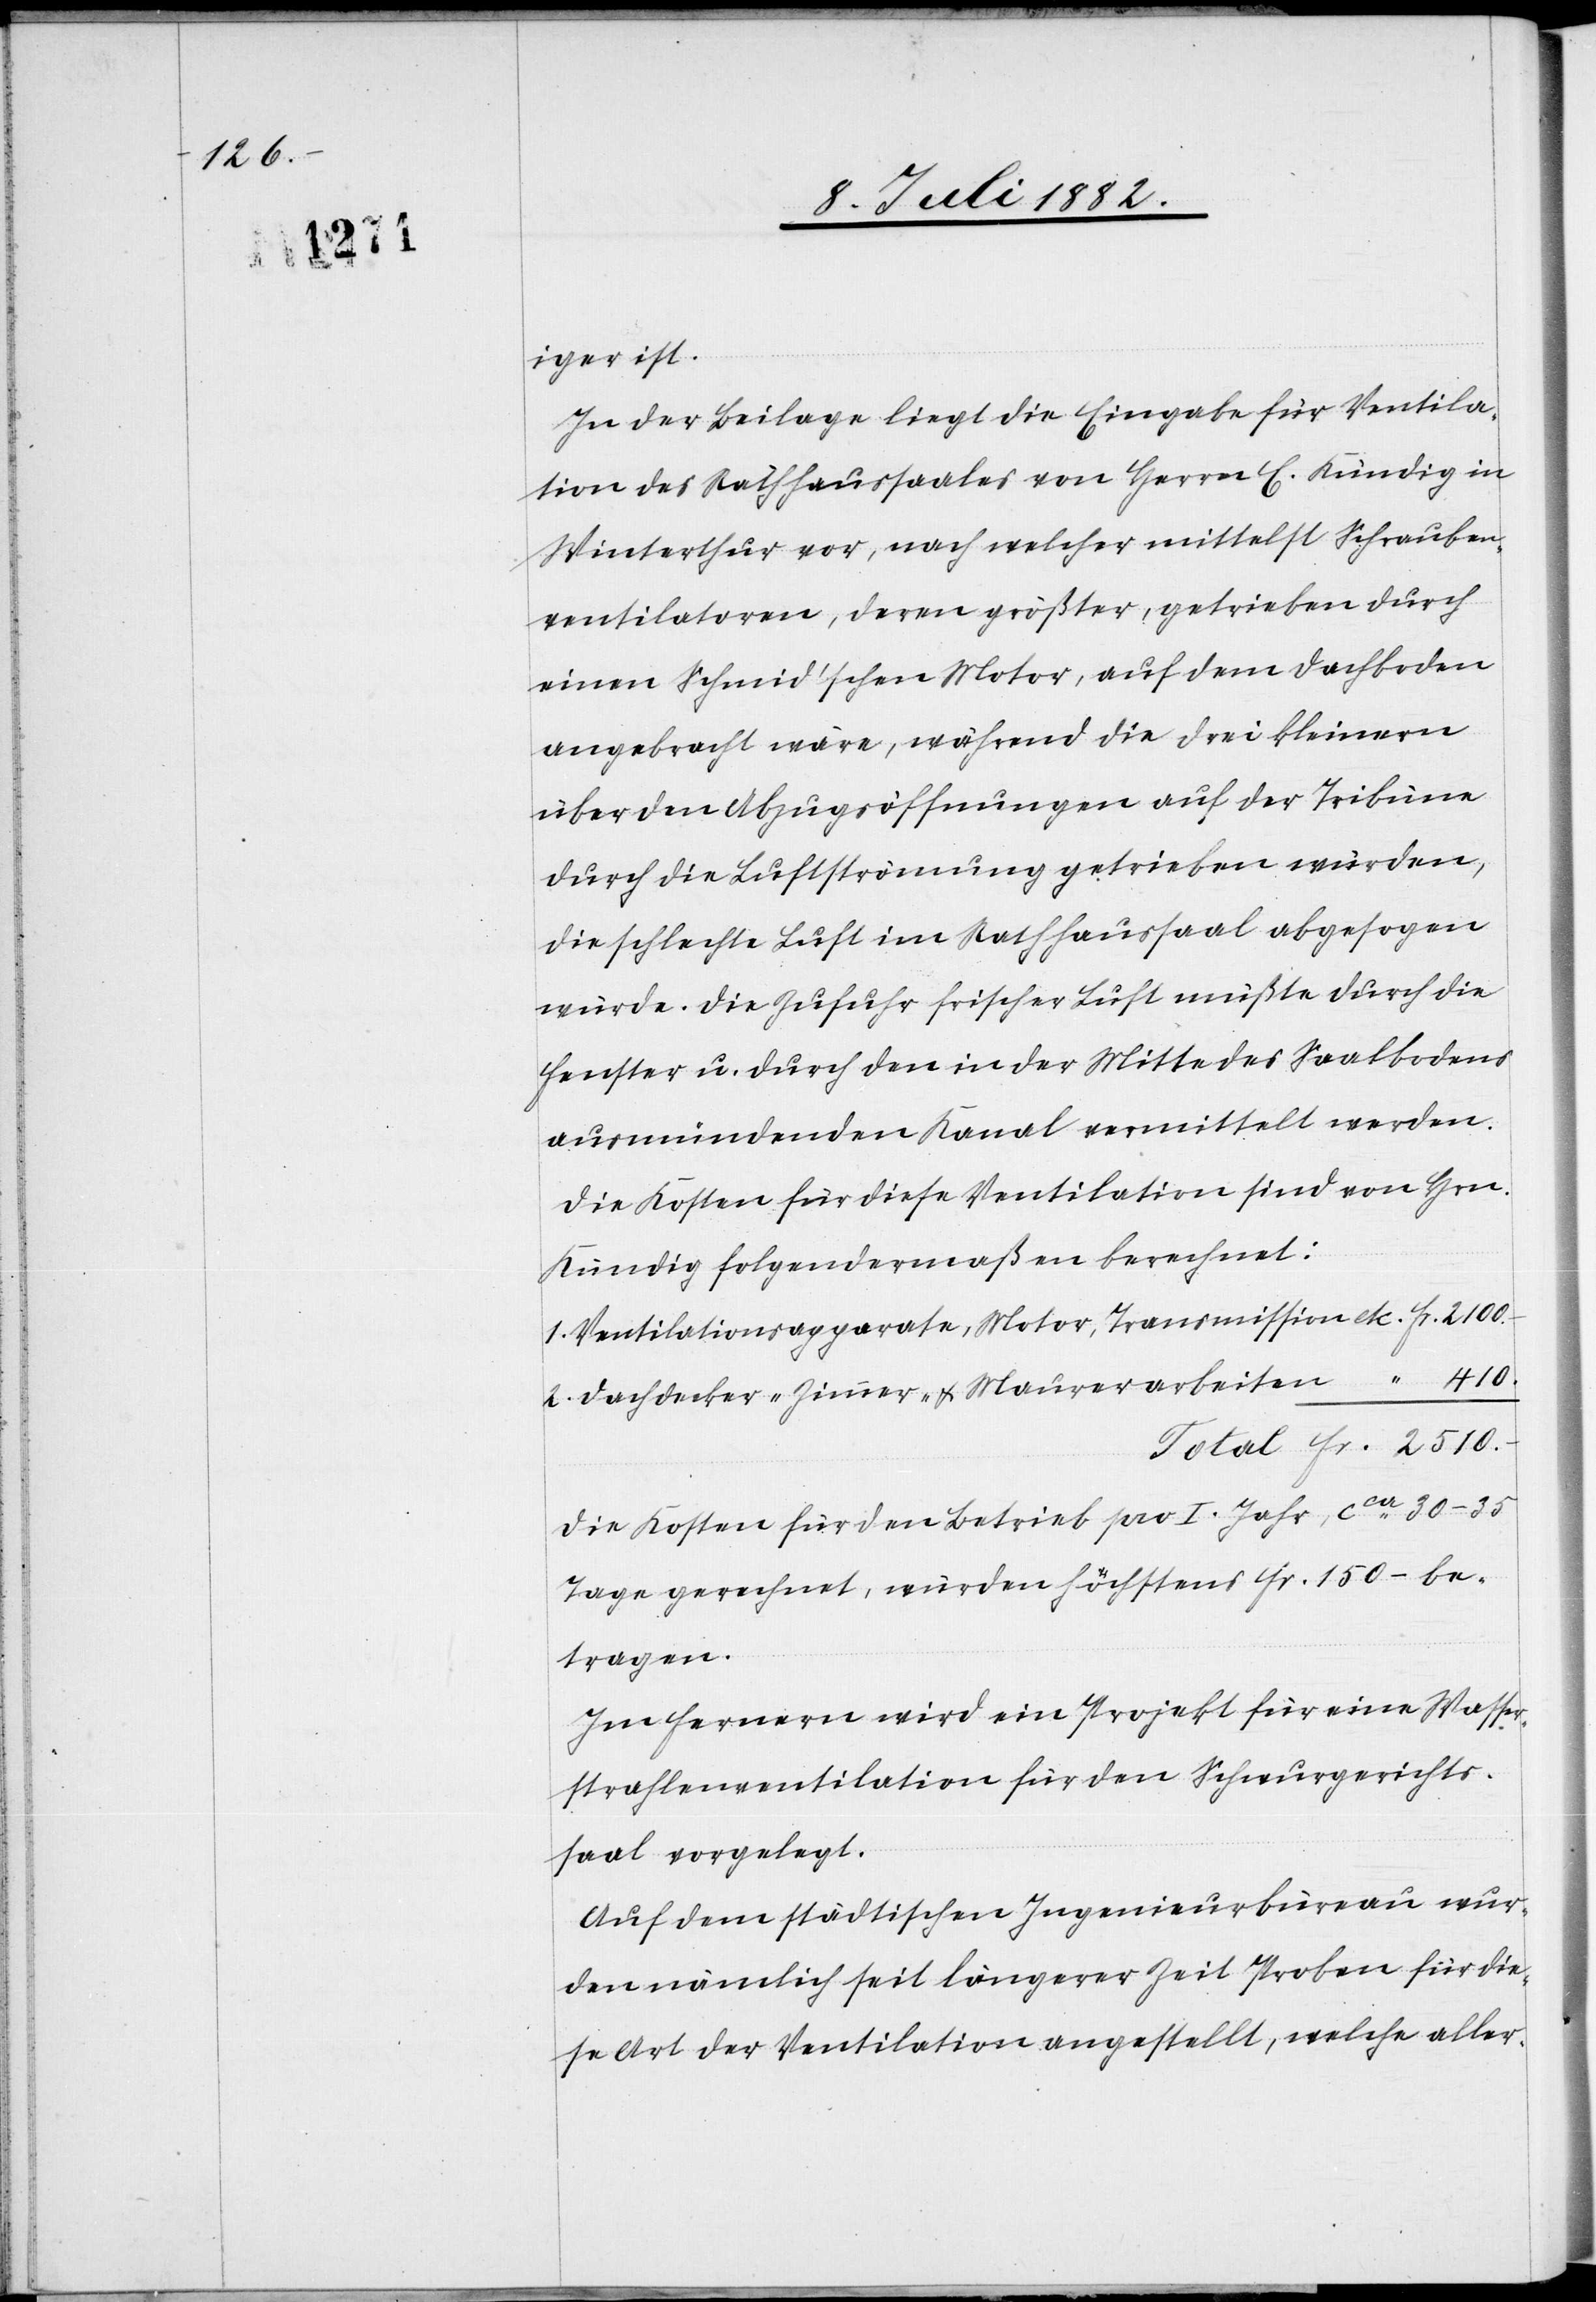
iger ist.
In der Beilage liegt die Eingabe für Ventila¬
tion des Rathhaussaales von Herrn C. Kündig in
Winterthur vor, nach welcher mittelst Schrauben¬
ventilation, deren größter, getrieben durch
einen Schmid’schen Motor, auf dem Dachboden
angebracht wäre, während die drei kleinern
über den Abzugsöffnungen auf der Tribüne
durch die Luftströmung getrieben würden,
die schlechte Luft im Rathhaussaal abgesogen
würde. Die Zufuhr frischer Luft müßte durch die
Fenster u. durch den in der Mitte des Saalbodens
ausmündenden Kanal vermittelt werden.
Die Kosten für die Ventilation sind von Hrn.
Kündig folgendermaßen berechnet:
1. Ventilationsapparate, Motor, Transmission etc.
2. Dachdecker-, Zimmer- & Maurerarbeiten
Die Kosten für den Betrieb pro I. Jahr, ca 30–35
Tage gerechnet, würden höchstens Fr. 150.– be¬
tragen.
Im Fernern wird ein Projekt für eine Wasser¬
strahlenventilation für den Schwurgerichts¬
saal vorgelegt.
Auf dem städtischen Ingenieurbüreau wur¬
den nämlich seit längerer Zeit Proben für die¬
se Art der Ventilation angestellt, welche aller-